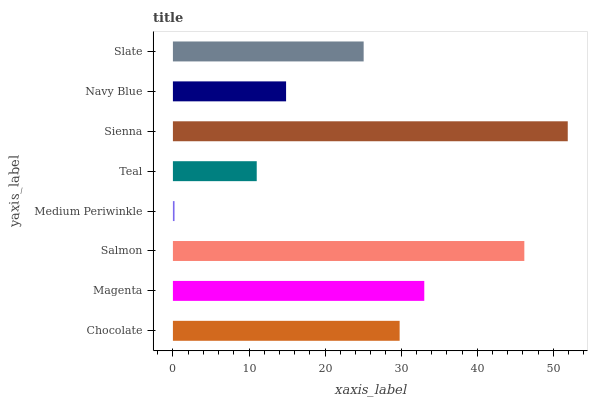
| yaxis_label | bars |
 | --- | --- |
 | Chocolate | 29.8 |
 | Magenta | 33 |
 | Salmon | 46.2 |
 | Medium Periwinkle | 0.214 |
 | Teal | 11 |
 | Sienna | 51.9 |
 | Navy Blue | 14.9 |
 | Slate | 25.1 |